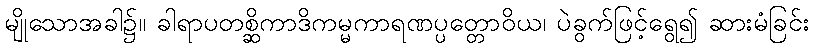
မျိုသောအခါ၌။ ခါရာပတစ္ဆိကာဒိကမ္မကာရဏပ္ပတ္တောဝိယ၊ ပဲခွက်ဖြင့်ရွေ၍ ဆားမံခြင်း